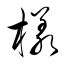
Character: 樣